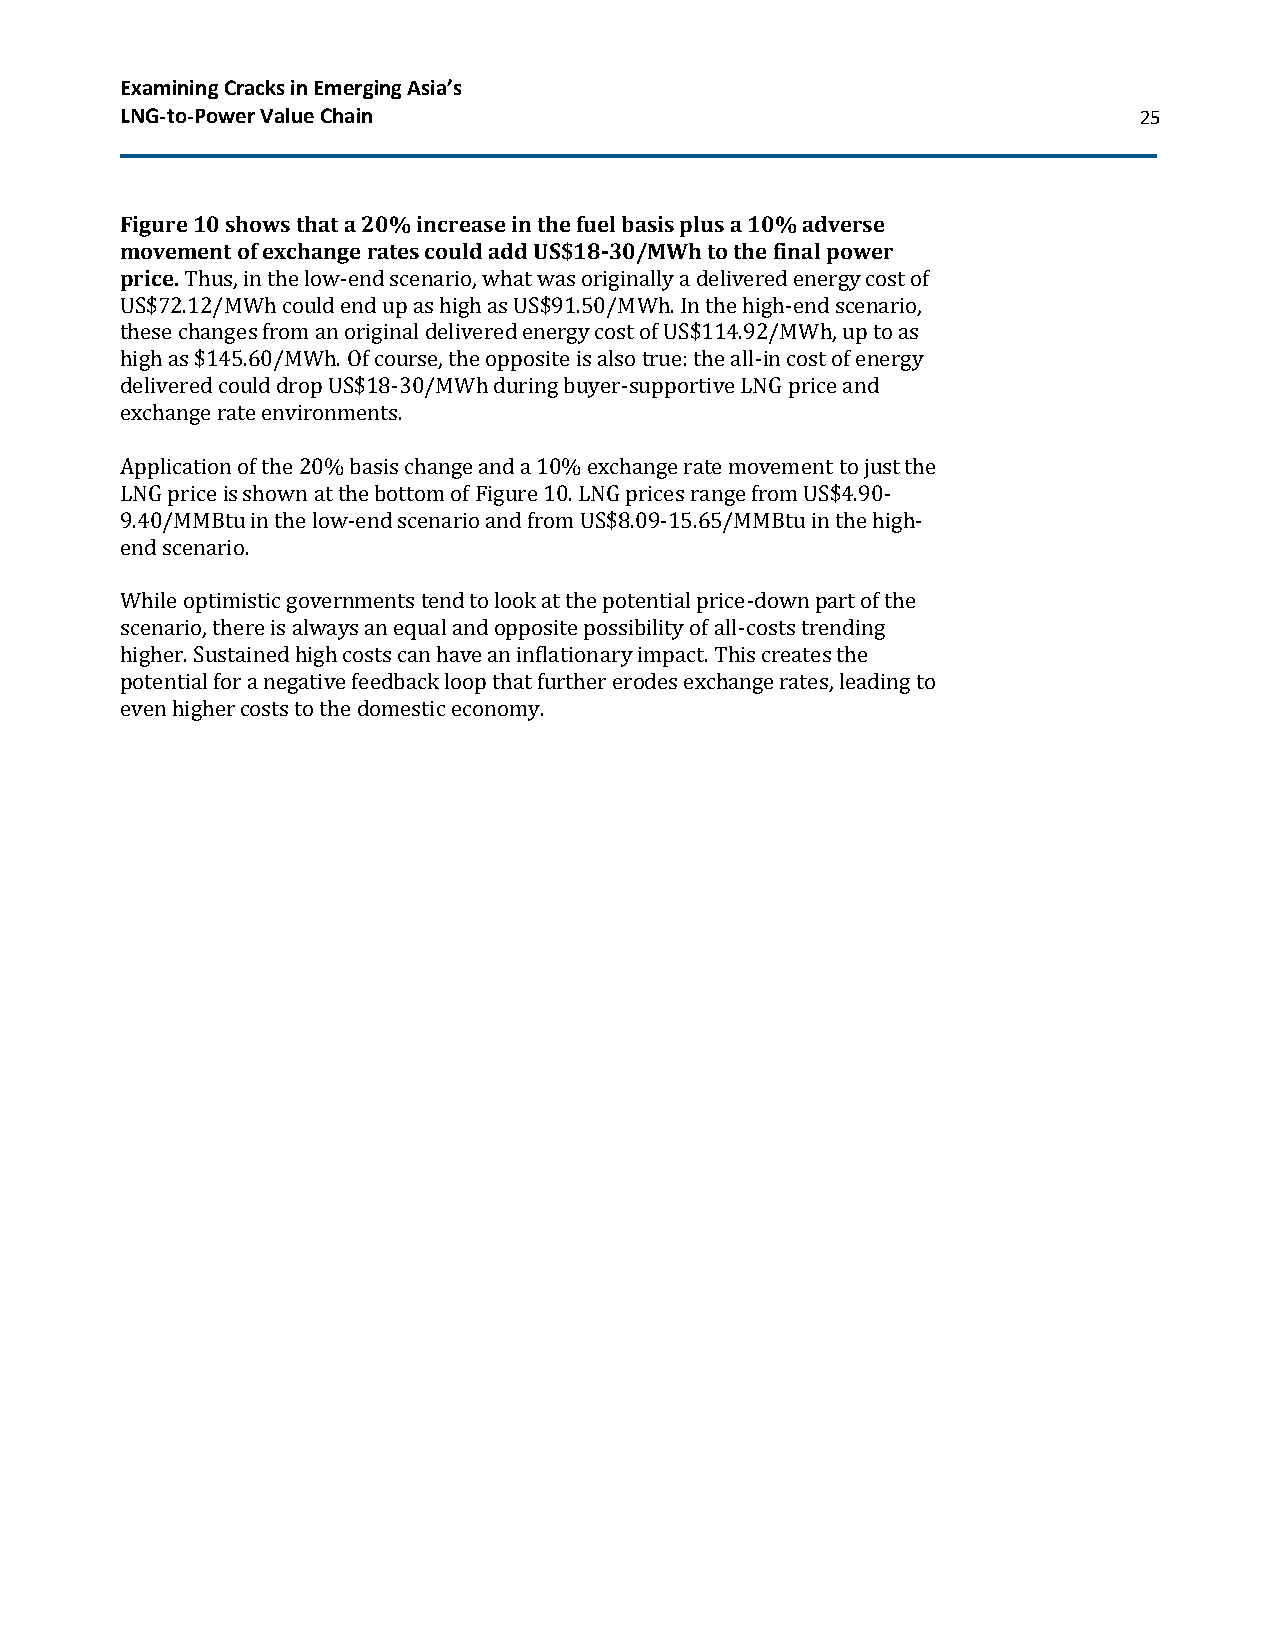
Examining Cracks in Emerging Asia’s
 LNG-to-Power Value Chain                                           25
 Figure 10 shows that a 20% increase in the fuel basis plus a 10% adverse
 movement of exchange rates could add US$18-30/MWh to the final power
 price. Thus, in the low-end scenario, what was originally a delivered energy cost of
 US$72.12/MWh could end up as high as US$91.50/MWh. In the high-end scenario,
 these changes from an original delivered energy cost of US$114.92/MWh, up to as
 high as $145.60/MWh. Of course, the opposite is also true: the all-in cost of energy
 delivered could drop US$18-30/MWh during buyer-supportive LNG price and
 exchange rate environments.
 Application of the 20% basis change and a 10% exchange rate movement to just the
 LNG price is shown at the bottom of Figure 10. LNG prices range from US$4.90-
 9.40/MMBtu in the low-end scenario and from US$8.09-15.65/MMBtu in the high-
 end scenario.
 While optimistic governments tend to look at the potential price-down part of the
 scenario, there is always an equal and opposite possibility of all-costs trending
 higher. Sustained high costs can have an inflationary impact. This creates the
 potential for a negative feedback loop that further erodes exchange rates, leading to
 even higher costs to the domestic economy.